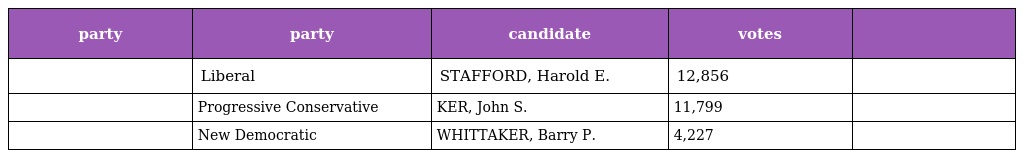
| party | party | candidate | votes |  |
 | --- | --- | --- | --- | --- |
 |  | Liberal | STAFFORD, Harold E. | 12,856 |  |
 |  | Progressive Conservative | KER, John S. | 11,799 |  |
 |  | New Democratic | WHITTAKER, Barry P. | 4,227 |  |